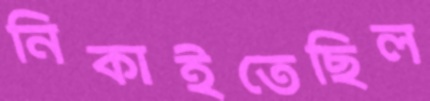
নিকাইতেছিল